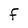
Character: F